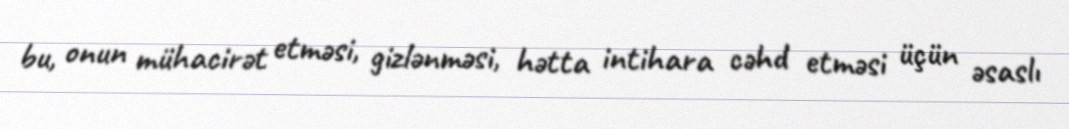
bu, onun mühacirət etməsi, gizlənməsi, hətta intihara cəhd etməsi üçün əsaslı